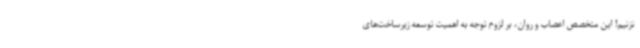
نزنیم! این متخصص اعصاب و روان، بر لزوم توجه به اهمیت توسعه زیرساخت‌های